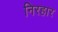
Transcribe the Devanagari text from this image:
निरहार